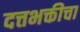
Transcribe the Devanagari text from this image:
दत्तभक्तीचा